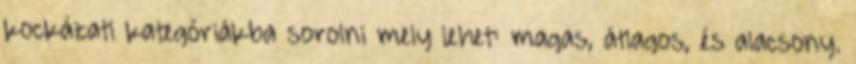
kockázati kategóriákba sorolni mely lehet: magas, átlagos, és alacsony.